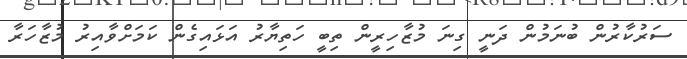
ސަރުކާރުން ބުނަމުން ދަނީ ގިނަ މުޒާހިރީން ތިބީ ހަތިޔާރު އަޅައިގެން ކަަމަށްވާއިރު މުޒާހަރާ